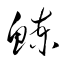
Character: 鰊